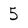
Character: 5